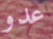
عدو